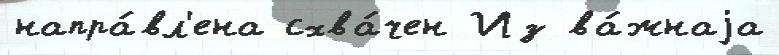
напра́вл'ена схва́чен Из ва́жнаjа